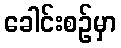
ခေါင်းစဉ်မှာ